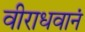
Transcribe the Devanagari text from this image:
वीराधवानं